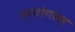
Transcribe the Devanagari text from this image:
उपयोगांवर